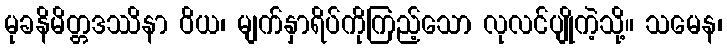
မုခနိမိတ္တဒဿိနာ ဝိယ၊ မျက်နှာရိပ်ကိုကြည့်သော လုလင်ပျိုကဲ့သို့။ သမေန၊